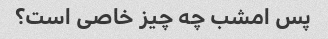
پس امشب چه چیز خاصی است؟